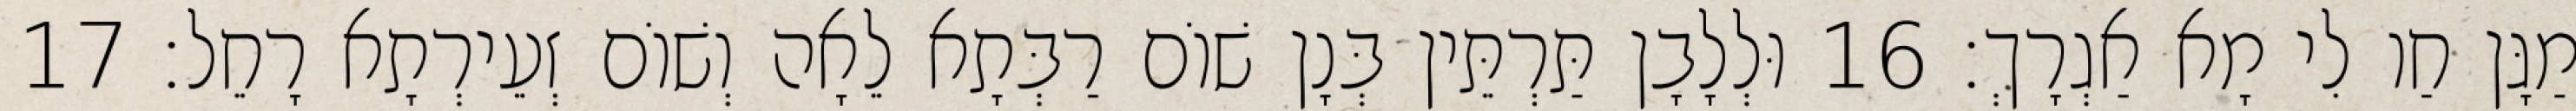
מַגָּן חַו לִי מָא אַגְרָךְ׃ 16 וּלְלָבָן תַּרְתֵּין בְּנָן שׁוֹם רַבְּתָא לֵאָה וְשׁוֹם זְעֵירְתָא רָחֵל׃ 17